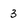
Character: 3